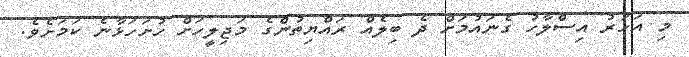
މި އަހަރު އިސްލާހު ގެނައުމަށް ދެ ބިލެއް ރައްޔިތުންގެ މަޖިލީހަށް ހުށަހަޅާނެ ކަމަށެވެ.